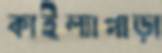
কাইল্যাপাড়া